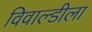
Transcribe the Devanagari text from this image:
विवाल्डीला